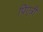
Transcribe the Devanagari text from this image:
पिएत्री